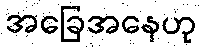
အခြေအနေဟု